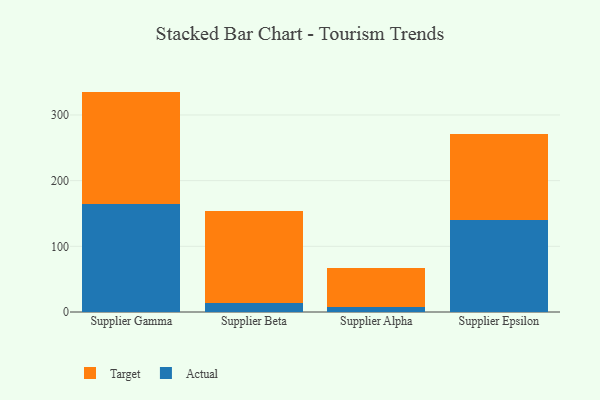
{"axis": {"x": "Supplier", "y": "Demand Index"}, "legend": ["Actual", "Target"], "data": [{"x": "Supplier Gamma", "y": 163.7, "type": "Actual"}, {"x": "Supplier Gamma", "y": 171.9, "type": "Target"}, {"x": "Supplier Beta", "y": 13.5, "type": "Actual"}, {"x": "Supplier Beta", "y": 140.9, "type": "Target"}, {"x": "Supplier Alpha", "y": 7.7, "type": "Actual"}, {"x": "Supplier Alpha", "y": 59.4, "type": "Target"}, {"x": "Supplier Epsilon", "y": 140.1, "type": "Actual"}, {"x": "Supplier Epsilon", "y": 130.7, "type": "Target"}]}